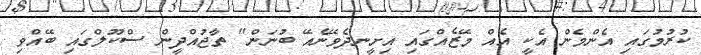
ކުރުމުގައި އެންމެން އެކީ އެއް މޭޒެއްގައި އިށީނދެވޭނެއޭ ބުނަން" ތާޖުއްދީން ސްކޫލްގައި ބޭއްވި